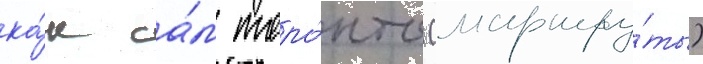
ка́к са́м торо́нто (маршру́ты)